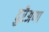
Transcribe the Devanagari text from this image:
दुरैअप्पा